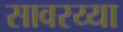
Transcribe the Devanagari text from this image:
सावरय्या